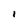
Character: 1